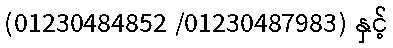
(01230484852 /01230487983) နှင့်